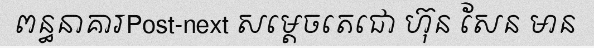
ពន្ធនាគារPost-next សម្តេចតេជោ ហ៊ុន សែន មាន